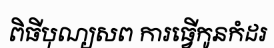
ពិធីបុណ្យសព ការធ្វើកូនកំដរ